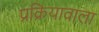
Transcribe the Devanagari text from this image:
प्रक्रियावाला